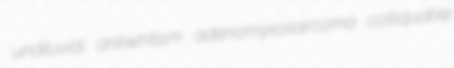
undiluvial antiwhitism adenomyxosarcoma colliquable